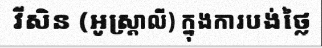
វីសិន (អូស្ត្រាលី) ក្នុងការបង់ថ្លៃ